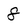
Character: 8